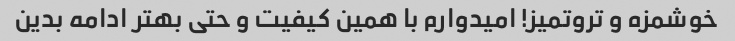
خوشمزه و تروتمیز! امیدوارم با همین کیفیت و حتی بهتر ادامه بدین